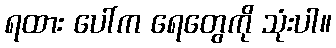
ရထား ပေါ်က ရေတွေကို သုံးပါ။